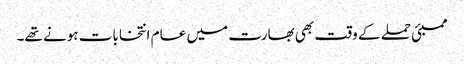
ممبئی حملے کے وقت بھی بھارت میں عام انتخابات ہونے تھے۔